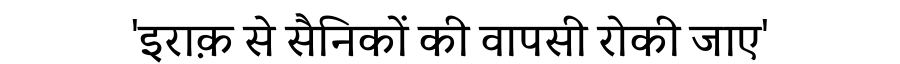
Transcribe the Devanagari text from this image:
'इराक़ से सैनिकों की वापसी रोकी जाए'